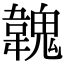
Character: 𩏐